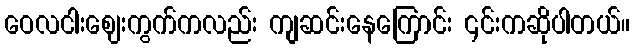
ဝေလငါးဈေးကွက်ကလည်း ကျဆင်းနေကြောင်း ၎င်းကဆိုပါတယ်။